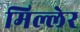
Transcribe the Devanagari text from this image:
मिल्लेर